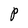
Character: P